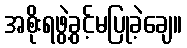
အစိုးရဖွဲ့ခွင့်မပြုခဲ့ချေ။